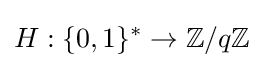
H:\{0,1\}^{*}\rightarrow \mathbb {Z} /q\mathbb {Z}